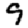
Digit: 9